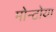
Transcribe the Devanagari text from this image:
मोन्टोया